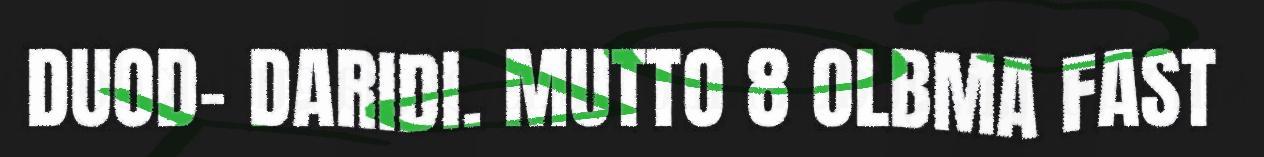
DUOD- DARIDI. MUTTO 8 OLBMA FAST